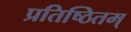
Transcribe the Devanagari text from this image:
प्रतिष्ठितम्